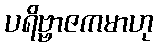
ပရိဗ္ဗာဇကမာဟု